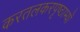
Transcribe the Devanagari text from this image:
करतलकरपृष्ठाभ्याँ